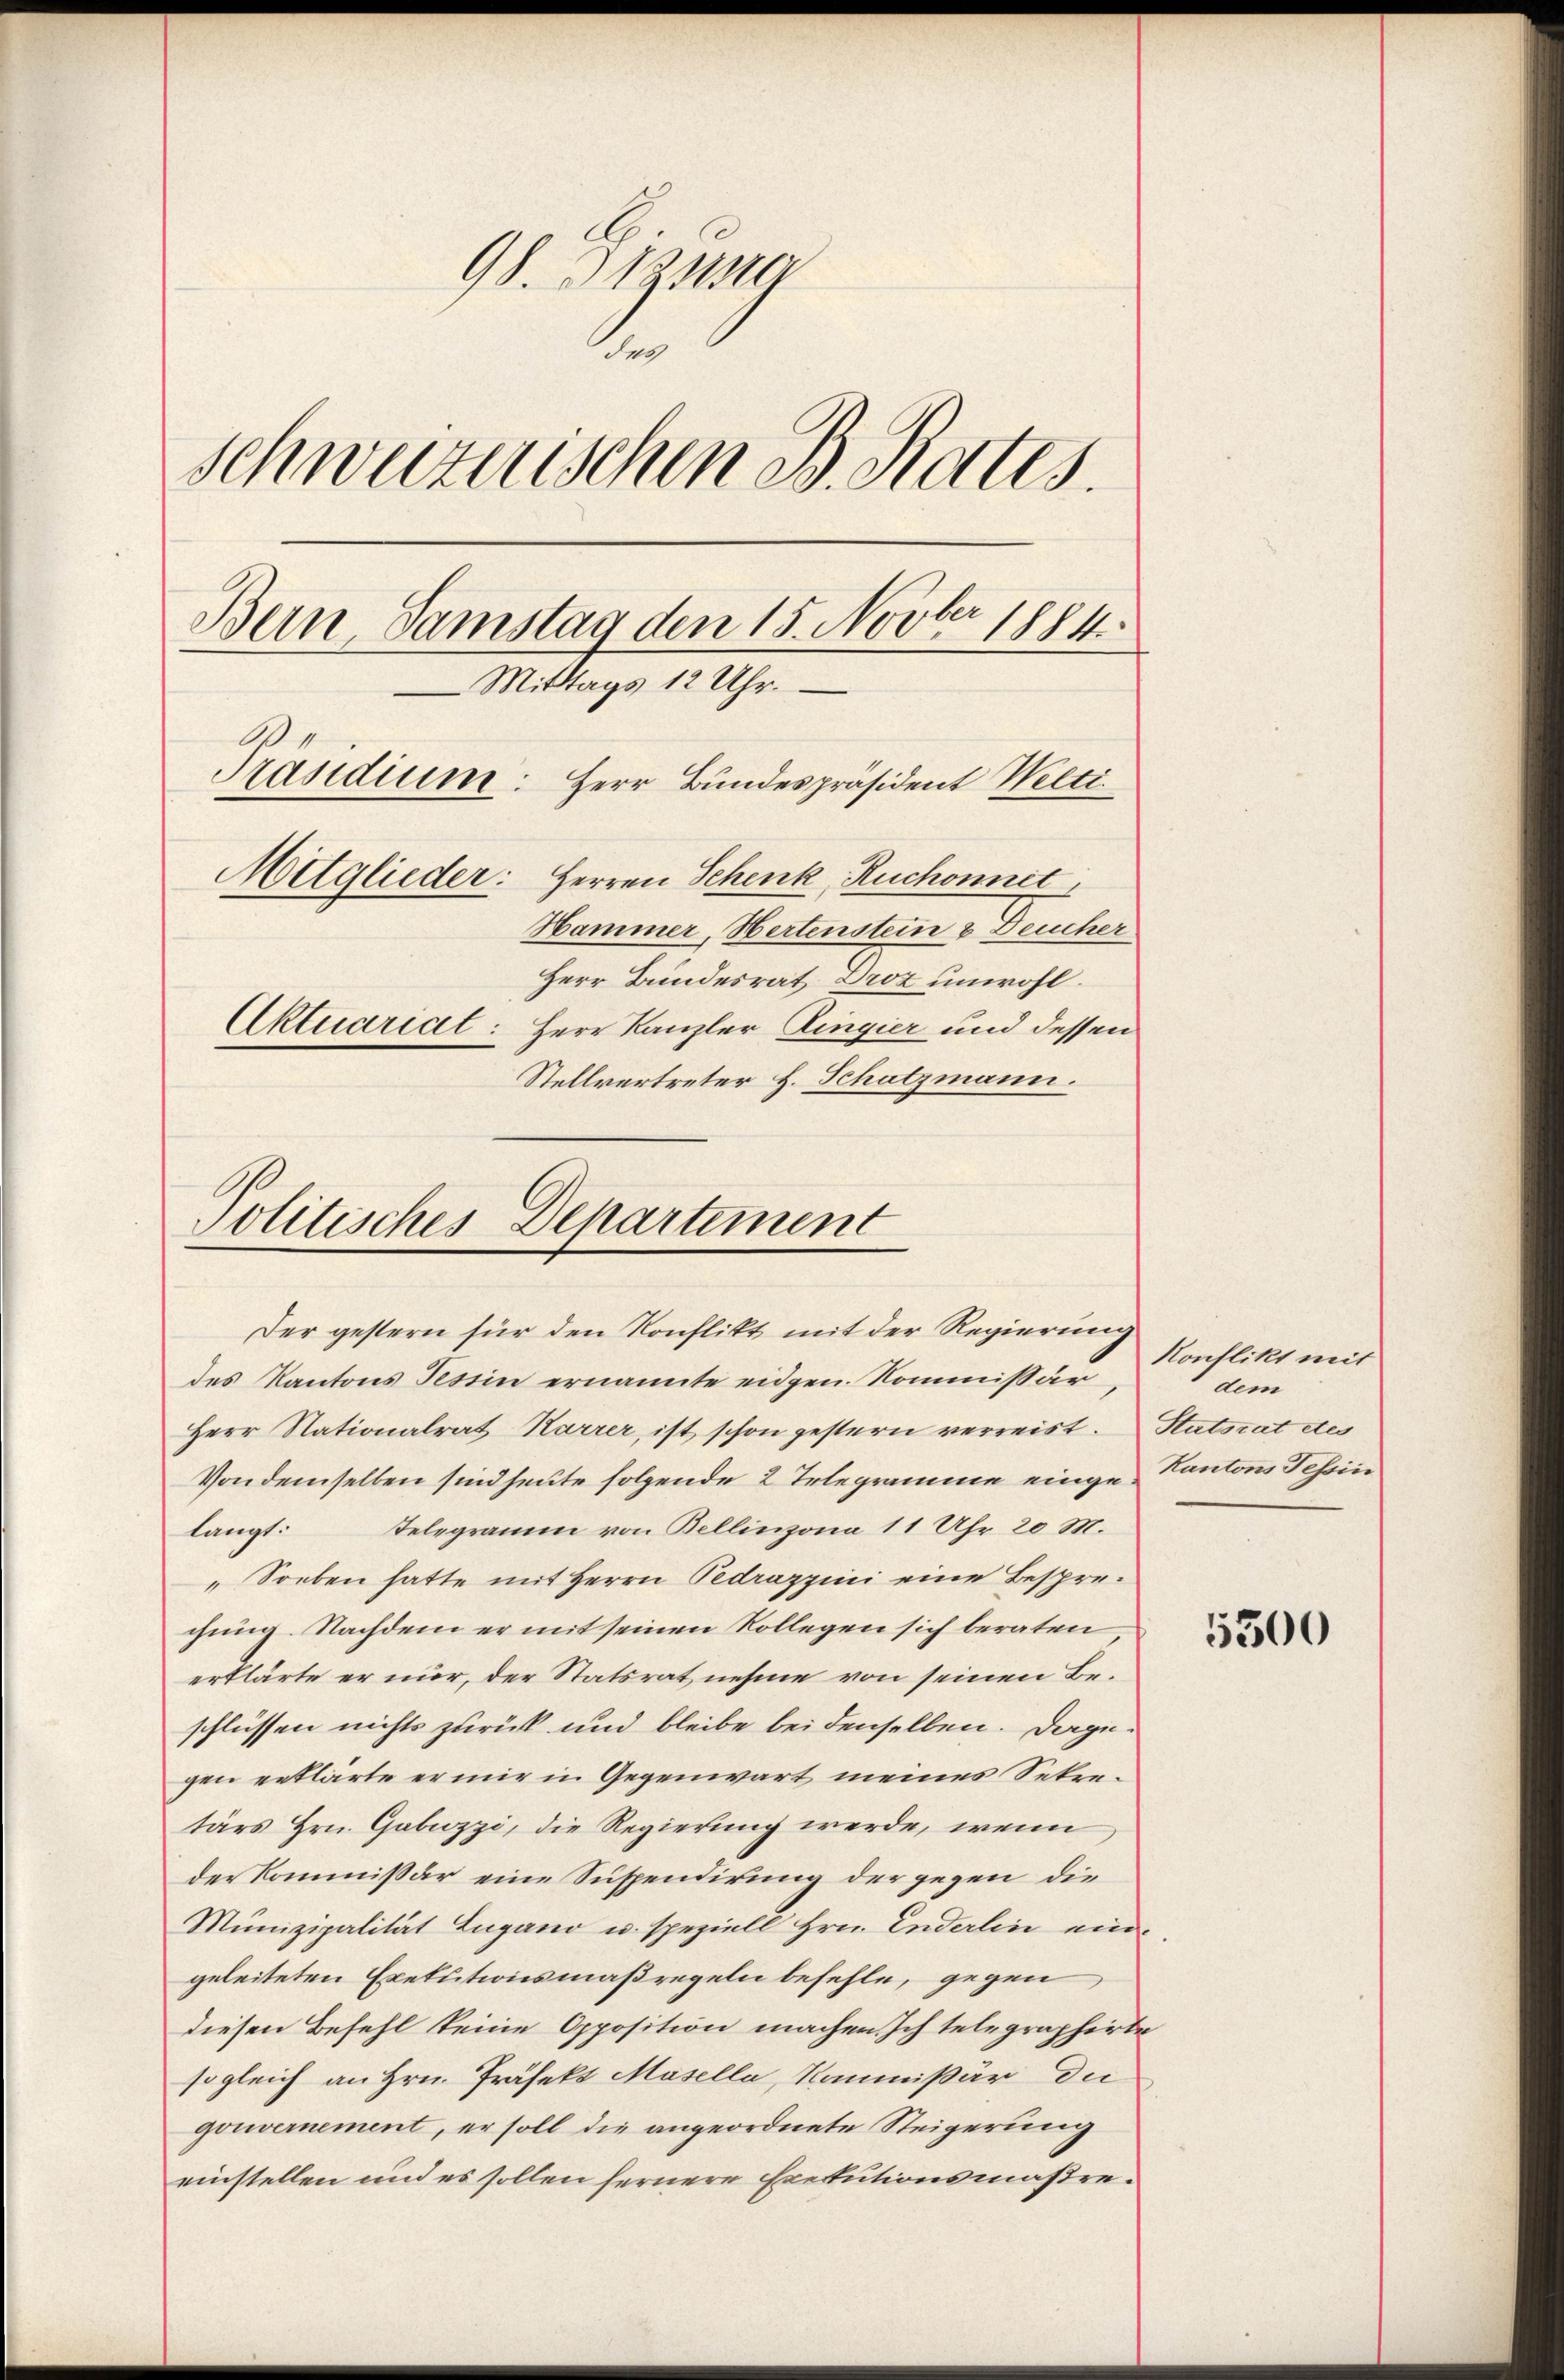
98. 373
e
schweizerischen B. Rates.
Bern, Samstag den 15. Novber 1884
Mittags 12 Uhr.
Präsidium: Herr Bundespräsident Welti
Mitglieder: Herren Schenk, Ruchonnet,
Hammer, Hertenstein & Deucher
Herr Bundesrat Droz unwohl.
Aktuariat: Herr Kanzler Lingier und dessen
Stellvertreter H. Schatzmann.

Politisches Departement
Der gestern für den Konflikt mit der Regierung

des Kantons Tessin ernannte eidgen. Kommissär,
Herr Nationalrat Karrer, ist schon gestern verreist. Statsrat etcs
Von demselben sind heute folgende 2 Telegramme einge Kantons Tessin
langt: Telegramm von Bellinzona 11 Uhr 20 M.
"Soeben hatte mit Herrn Pedrazzini eine Besprechung. Nachdem er mit seinen Kollegen sich beraten
erklärte er nur, der Statsrat nehme von seinen Beschlüssen nichts zurück und bleibe bei denselben. Dagegen erklärte er mir in Gegenwart meines Sekretärs Hrn. Gabuzzi, die Regierung werde, wenn
der Kommissär eine Suspendirung der gegen die
Munizipalität Lugano u. speziell Hrn. Enderlin eingeleiteten Exekutionsmaßregeln befehle, gegen
diesen Befehl keine Opposition machen. Ich telegraphirte
sogleich an Hrn. Präfekt Masella, Kommißär die
gouvernement, er soll die angeordnete Steigerung
einstellen und es sollen fernere Exekutionsmaßre¬

Konflikt mit
dem

5500